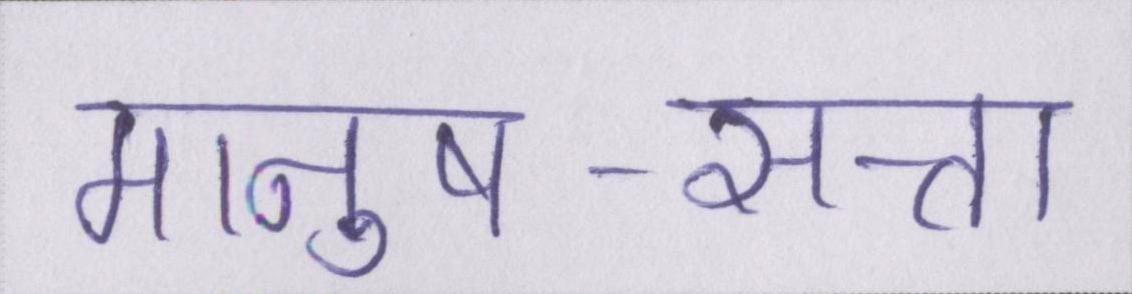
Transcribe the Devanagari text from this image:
मानुष-सत्ता